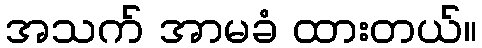
အသက် အာမခံ ထားတယ်။